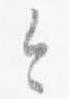
令